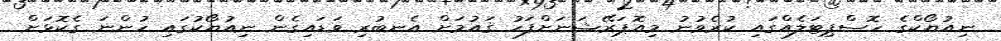
ނިއުޔޯކްގެ ހޮސްޕިޓަލެއްގައި ކުރެވުނު މިއޮޕަރޭޝަނަށްފަހު ޤައުމަށް އެނބުރި ވަޑައިގެން ނިއުޔޯކުގައި ހުންނަ ގެކޮޅަށް